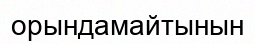
орындамайтынын